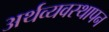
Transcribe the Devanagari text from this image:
अर्थव्यवस्थापन